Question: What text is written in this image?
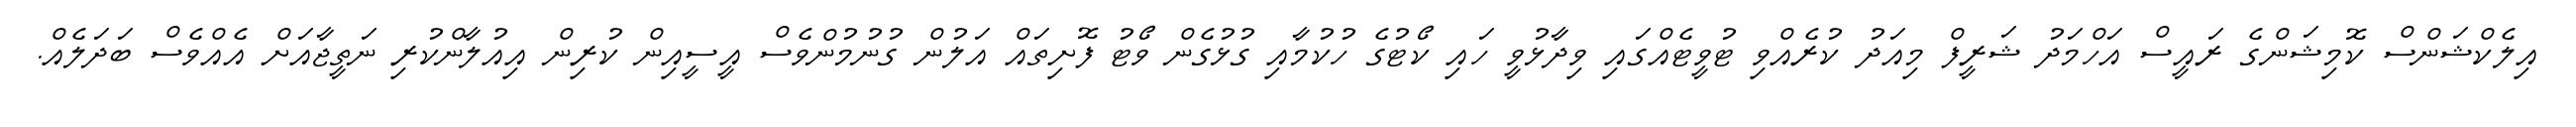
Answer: އިލެކްޝަންސް ކޮމިޝަންގެ ރައީސް އަހްމަދު ޝަރީފް މިއަދު ކުރެއްވި ޓުވީޓެއްގައި ވިދާޅުވީ ހައި ކޯޓުގެ ހުކުމާއި ގުޅުގެން ވޯޓު ފޮށިތައް އަލުން ގުނުމުންވެސް އީސީއިން ކުރިން އިއުލާންކުރި ނަތީޖާއަށް އެއްވެސް ބަދަލެއް.